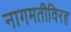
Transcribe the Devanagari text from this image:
नागमतीविरह